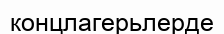
концлагерьлерде